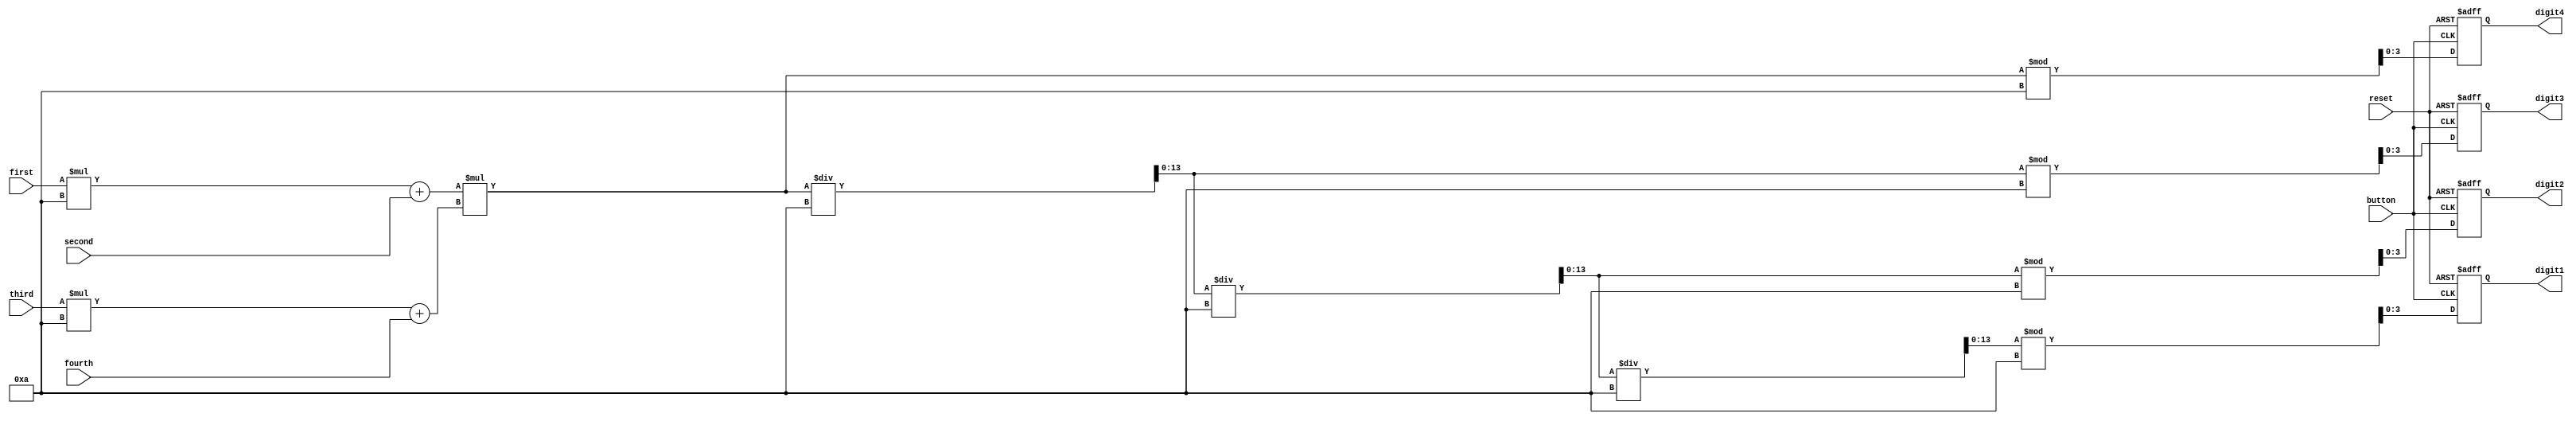
`timescale 1ns / 1ps


module multiply(
input button, input reset,
input[3:0] first, second, third, fourth,
output reg[3:0] digit1, output reg[3:0] digit2, output reg[3:0] digit3,
output reg[3:0] digit4
    );
        reg [6:0] num1, num2;
        reg [13:0] multiplication;
        always @(posedge reset, posedge button) begin
        if(reset)begin
            digit1 = 0;
            digit2 = 0;
            digit3 = 0;
            digit4 = 0;
        end
        else begin
            if(button) begin
                num1 = first*10 + second;
                num2 = third*10 + fourth;
                multiplication = num1 * num2;
                digit4 = multiplication % 10;
                multiplication = multiplication/10;
                digit3 = multiplication%10;
                multiplication = multiplication/10;
                digit2 = multiplication%10;
                multiplication = multiplication/10;
                digit1 = multiplication%10;
            end
        end
        end
endmodule